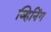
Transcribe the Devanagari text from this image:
व्हिनिंग